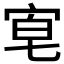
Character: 𡨗